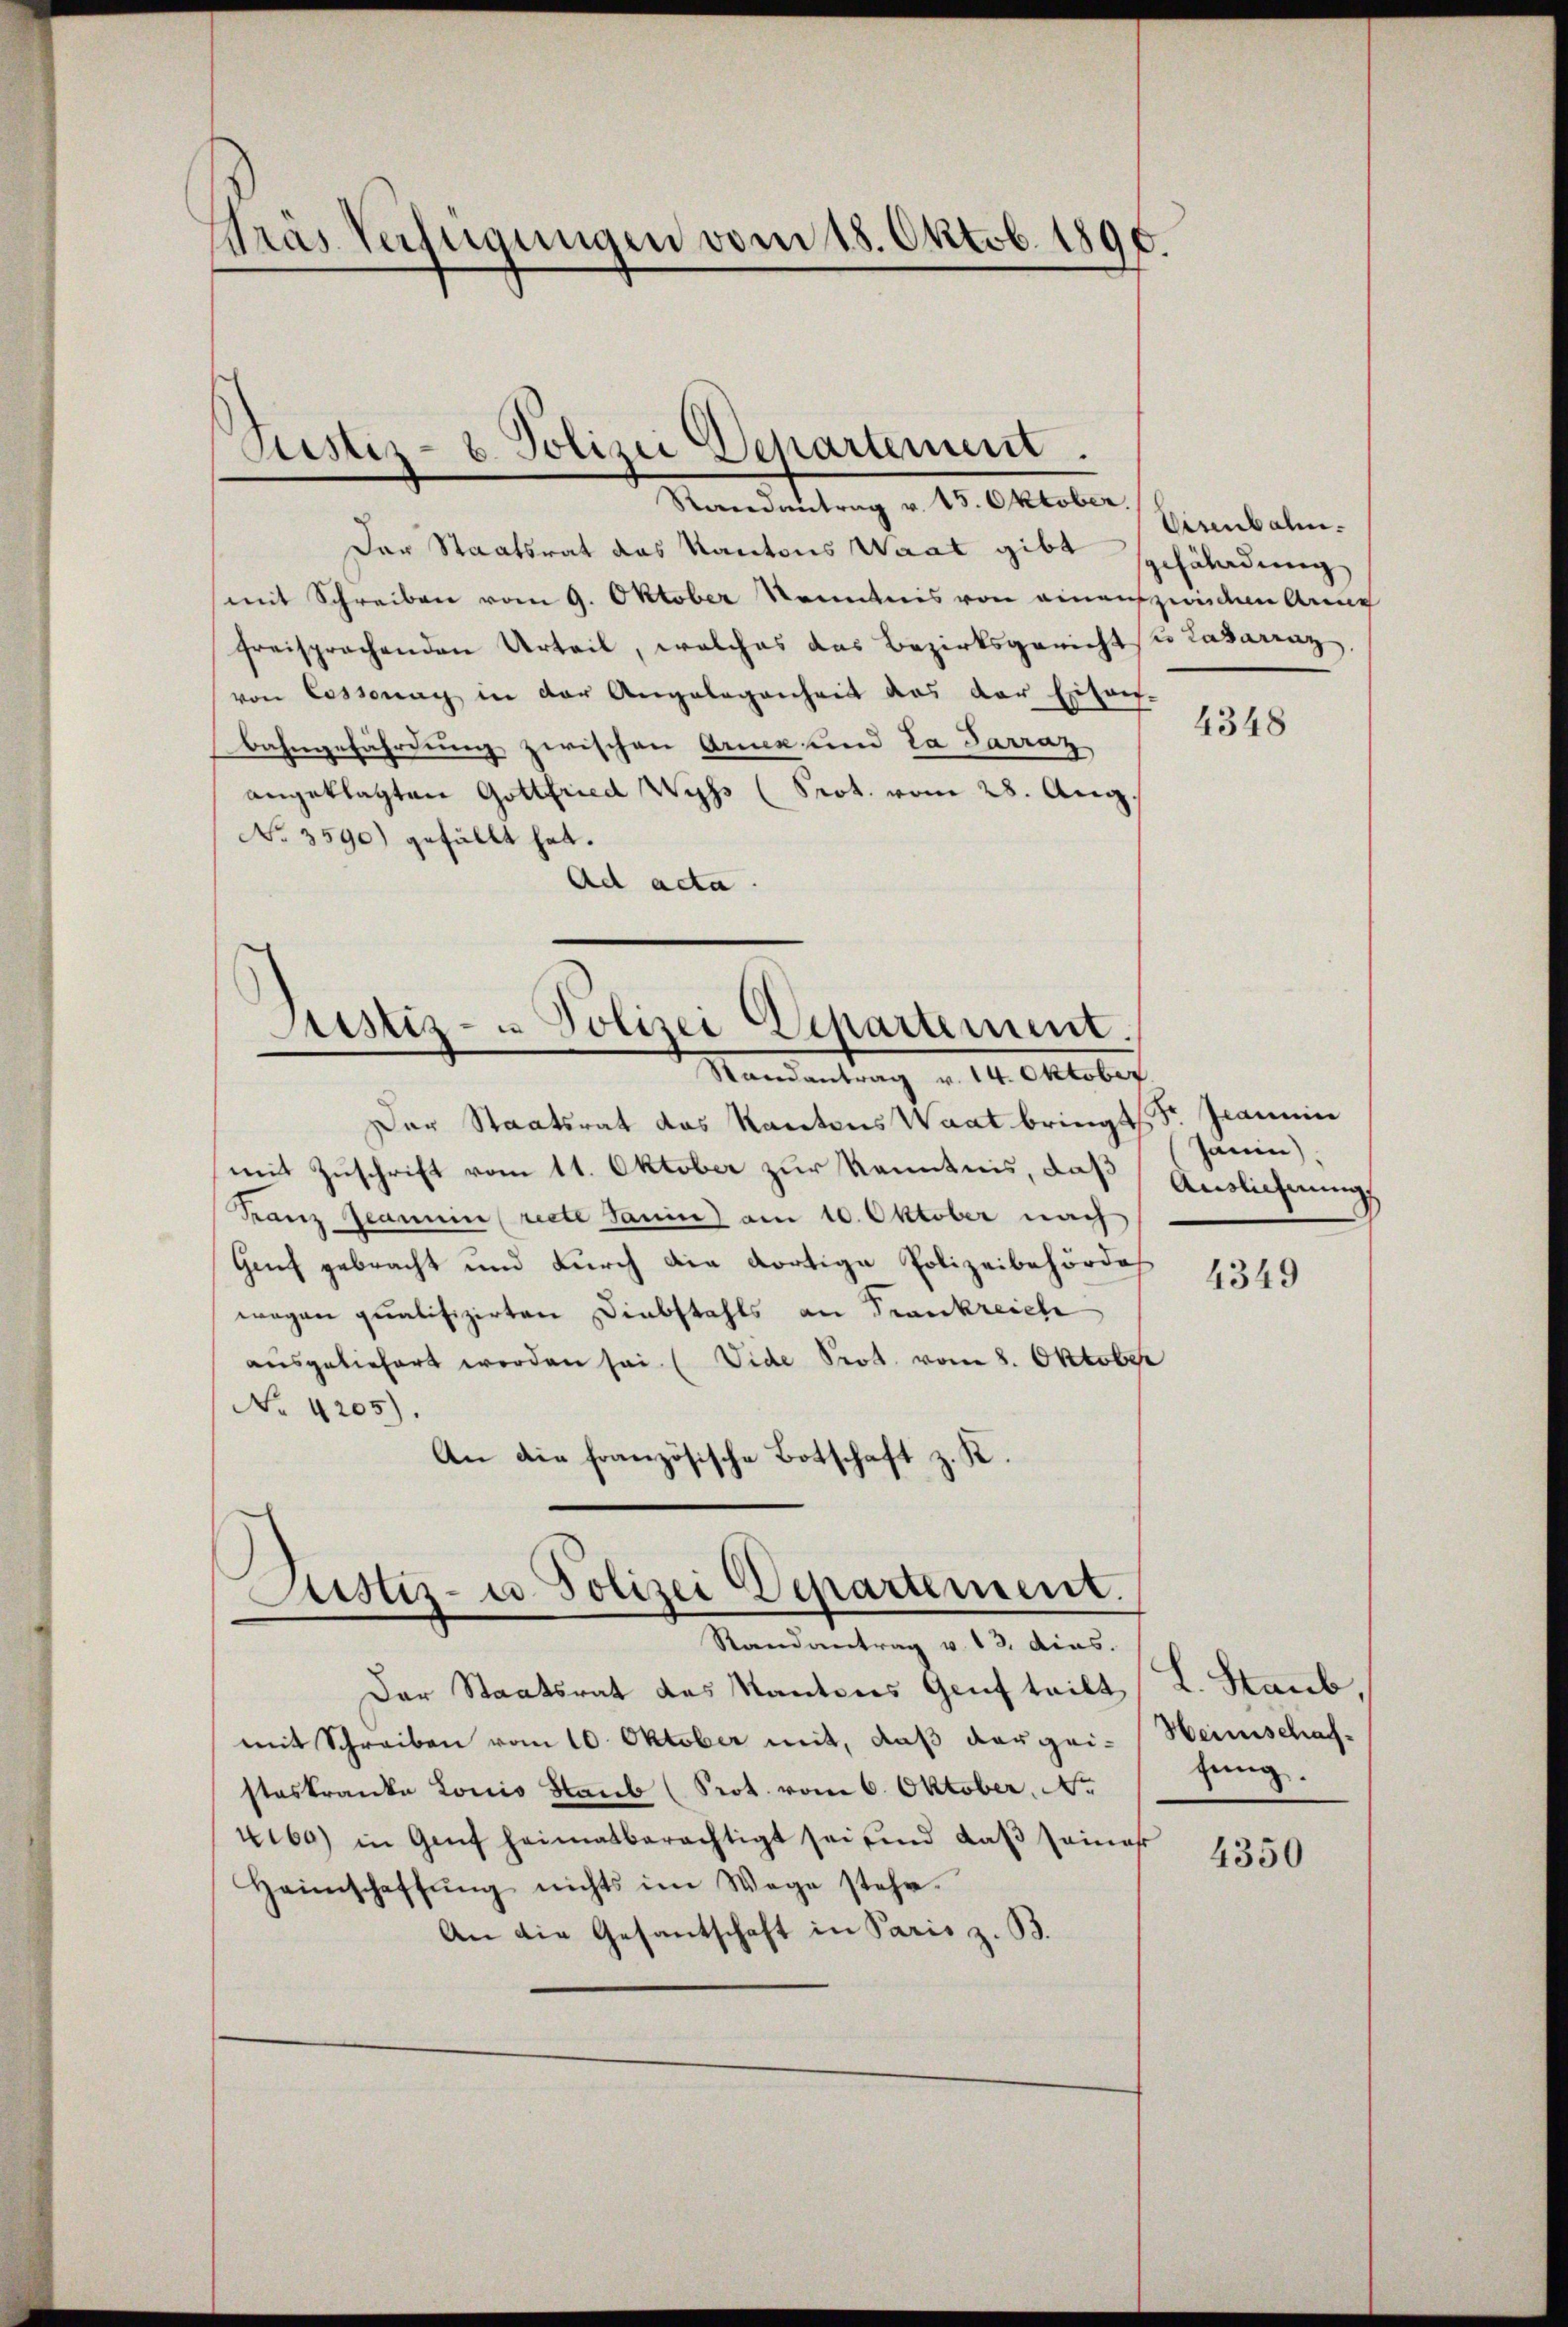
Pras Verfügungen vom 18. Oktob. 1890.

Justiz- & Polizei Departement.
Randantrag v. 15. Oktober.

Der Staatsrat das Kantons Waat gibt sgehäladung
mit Schreiben vom 9. Oktober Kenntnis von einanzenden Anna
freisprachenden Urteil, welches das Bezirksgericht sie Lasarraz,
von Cossonay in der Angelegenheit das der Esta-
Bahngefährdung zwischen Armen und La Parraz
angeklagten Gottfried Wyss (Prot. vom 28. Aug.
No 3590) gefällt hat.
Ad acta.

Justiz- u Polizei Departement.
Randantrag v. 14. Oktober.

Justiz- u. Polizei Departement.
Randantrag v. 13. dies.

Der Staatsrat das Kantons Waat bringt. Jeannin
mit Zuschrift vom 11. Oktober zur Kenntnis, daß Auslichnung
Franz Jeanein recte Janis) am 10. Oktober nach
Genf gebracht und durch die dortige Polizeibehörde
wegen qualifizirten Diebstahls an Frankreich
ausgeliefert worden sei. (Vide Prot. vom 8. Oktober
No 4205).
An die französische Botschaft z. K.

Der Staatsrat des Kantons Genf teilt L. Staub
mit Schreiben vom 10. Oktober mit, daß dergei-Heimschaf-
steskranka Louis Staub (Prot. vom 6. Oktober, No
4i) in Genf heimatberechtigt sei und daβ seiner
Heimschaffŭng nichts im Wege stehe.
An die Gesantschaft in Paris z. B.

Eisenbahn.

4348

Jänin)

4349

fung.

4350